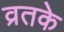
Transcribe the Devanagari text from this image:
व्रतके